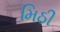
મિઠી